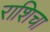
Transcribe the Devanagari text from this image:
राशिचा